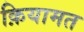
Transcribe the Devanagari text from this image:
क़ियामत